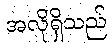
အလိုရှိသည်